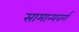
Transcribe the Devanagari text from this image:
सामान्यवर्ग